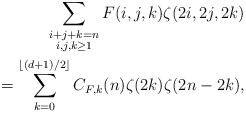
\begin{align*} \sum_{\substack{i+j+k=n\\ i,j,k\ge 1}} F(i,j,k) \zeta(2i,2j,2k) \\= \sum_{k=0}^{\lfloor(d+1)/2\rfloor} C_{F,k}(n)\zeta(2k)\zeta(2n-2k),\end{align*}